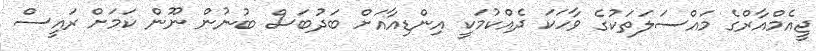
ޖީއެމްއާރްގެ މައްސަލަތަކުގެ ވާހަަކަ ދެއްކުމަކީ އިންޑިއާއަށް ބަދުބަސް ބުނުން ނޫން ކަމަށް ރައީސް